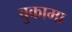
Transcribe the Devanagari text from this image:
बुकामा